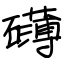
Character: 礴